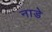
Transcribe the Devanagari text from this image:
नाडे